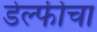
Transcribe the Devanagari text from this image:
डेल्फीचा